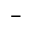
-